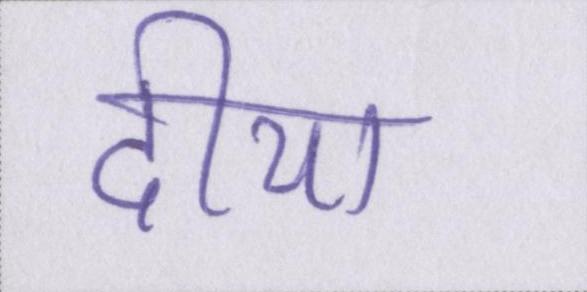
दीया